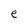
Character: e